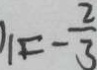
1 1 F - \frac { 2 } { 3 }